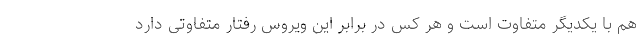
هم با یکدیگر متفاوت است و هر کس در برابر این ویروس رفتار متفاوتی دارد